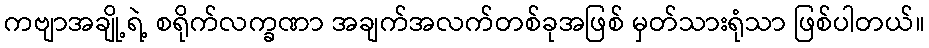
ကဗျာအချို့ရဲ့ စရိုက်လက္ခဏာ အချက်အလက်တစ်ခုအဖြစ် မှတ်သားရုံသာ ဖြစ်ပါတယ်။